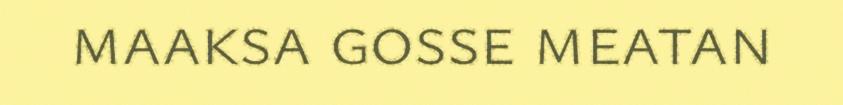
maaksa gosse meatan